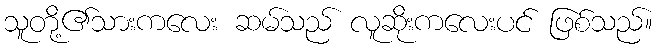
သူတို့၏သားကလေး ဆမ်သည် လူဆိုးကလေးပင် ဖြစ်သည်။